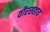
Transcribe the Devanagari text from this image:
वीरसहाय